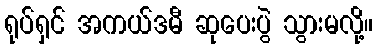
ရုပ်ရှင် အကယ်ဒမီ ဆုပေးပွဲ သွားမလို့။